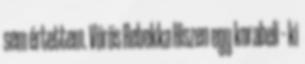
sem értettem. Vörös Rebekka Hiszen egy korabeli – ki